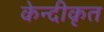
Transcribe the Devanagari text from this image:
केन्दीकृत